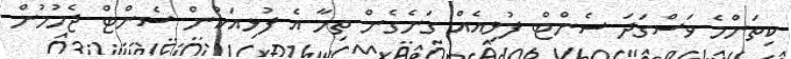
ކިތަންމެ ވަސްގަދަ ސެންޓް ފުޅިއެއް ގަނެގެން ތިމާ އެ ފުޅިއަކުން ސެންޓް ޖެހުމުން